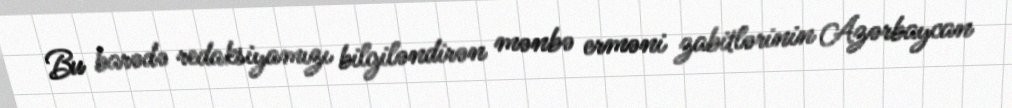
Bu barədə redaksiyamızı bilgiləndirən mənbə erməni zabitlərinin Azərbaycan